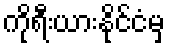
ကိုရီးယားနိုင်ငံမှ